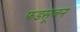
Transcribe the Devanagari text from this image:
फडसूजन